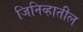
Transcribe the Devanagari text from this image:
जिनिव्हातील